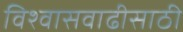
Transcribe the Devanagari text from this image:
विश्‍वासवाढीसाठी